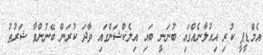
އެމްޑީޕީ ކުރި އިއުލާނެއްގައި ބުނަނީ ބައި އިލެކްޝަންގައި ވާދަ ކުރަން ބޭނުންވާ ޝަރުޠު